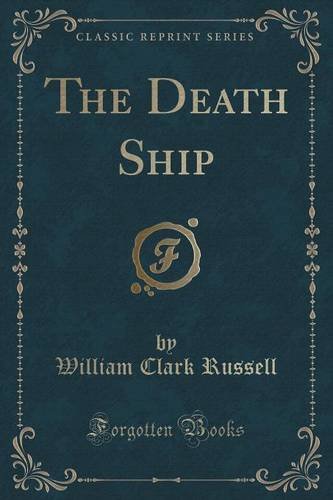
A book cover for The Death Ship (Classic Reprint); William Clark Russell; Literature & Fiction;